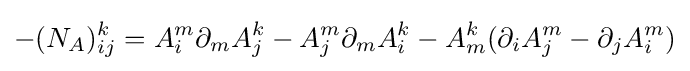
-(N_{A})_{ij}^{k}=A_{i}^{m}\partial _{m}A_{j}^{k}-A_{j}^{m}\partial _{m}A_{i}^{k}-A_{m}^{k}(\partial _{i}A_{j}^{m}-\partial _{j}A_{i}^{m})